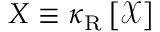
\boldsymbol { X } \equiv \boldsymbol { \kappa } _ { \mathrm { R } } \left[ \mathcal { X } \right]